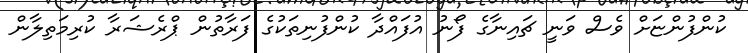
ކުންފުންޏަށް ވެސް ވަނީ ޗައިނާގެ ފޯނު އުފައްދާ ކުންފުނިތަކުގެ ފަރާތުން ޕްރެޝަރާ ކުރިމަތިލާން